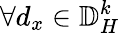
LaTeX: \forall d_{x}\in\mathbb{D}_{H}^{k}